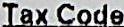
TAX CODE